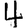
Digit: 4